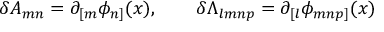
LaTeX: \delta A _ { m n } = \partial _ { [ m } \phi _ { n ] } ( x ) , \qquad \delta \Lambda _ { l m n p } = \partial _ { [ l } \phi _ { m n p ] } ( x )